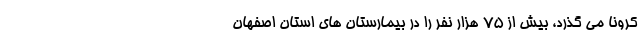
کرونا می گذرد، بیش از 75 هزار نفر را در بیمارستان های استان اصفهان